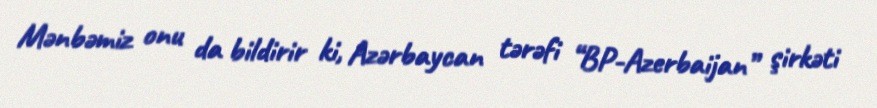
Mənbəmiz onu da bildirir ki, Azərbaycan tərəfi “BP-Azerbaijan” şirkəti